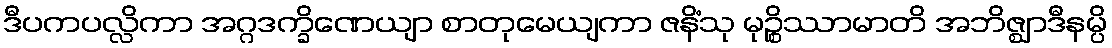
ဒီပကပလ္လိကာ အဂ္ဂဒက္ခိဏေယျာ စာတုမေယျကာ ဇနိံသု မုဉ္စိဿာမာတိ အဘိဇ္ဈာဒီနမ္ပိ